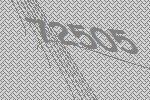
72505